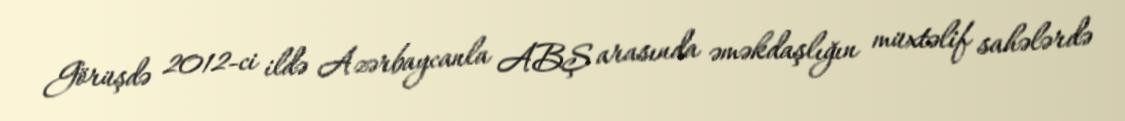
Görüşdə 2012-ci ildə Azərbaycanla ABŞ arasında əməkdaşlığın müxtəlif sahələrdə